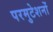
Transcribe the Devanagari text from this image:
परमुटेशनों